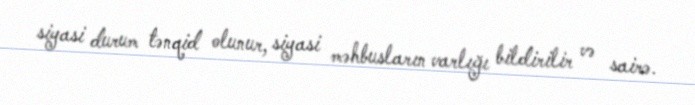
siyasi durum tənqid olunur, siyasi məhbusların varlığı bildirilir və sairə.